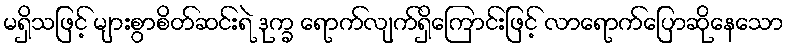
မရှိသဖြင့် များစွာစိတ်ဆင်းရဲ ဒုက္ခ ရောက်လျက်ရှိကြောင်းဖြင့် လာရောက်ပြောဆိုနေသော